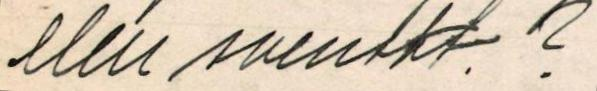
eller svenskt.?